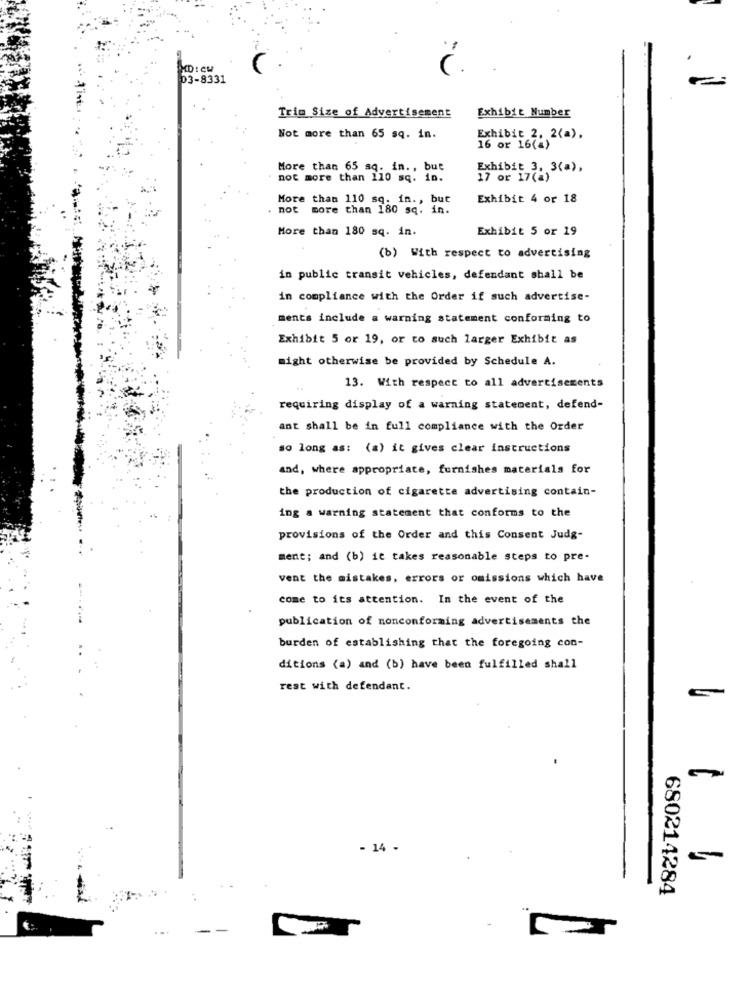
XD : CW
D3-8331
Exhibit Number
Trim Size of Advertisement
Not more than 65 sq. in.
Exhibit 2, 2(a).
16 or 16(a)
More than 65 sq. in ., but
Exhibit 3, 3(a),
not more than 110 sq. in.
17 or 17(a)
More than 110 sq. in ., but
Exhibit 4 or 18
. not more than 180 sq. in.
More than 180 sq. in.
Exhibit 5 or 19
(b) With respect to advertising
in public transit vehicles, defendant shall be
in compliance with the Order if such advertise-
ments include a warning statement conforming to
Exhibit 5 or 19, or to such larger Exhibit as
might otherwise be provided by Schedule A.
13. With respect to all advertisements
requiring display of a warning statement, defend-
ant shall be in full compliance with the Order
so long as: (a) it gives clear instructions
and, where appropriate, furnishes materials for
the production of cigarette advertising contain-
ing a warning statement that conforms to the
provisions of the Order and this Consent Judg-
ment; and (b) it takes reasonable steps to pre-
vent the mistakes, errors or omissions which have
come to its attention. In the event of the
publication of nonconforming advertisements the
burden of establishing that the foregoing con-
ditions (a) and (b) have been fulfilled shall
rest with defendant.
- 14 -
680214284